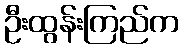
ဦးထွန်းကြည်က